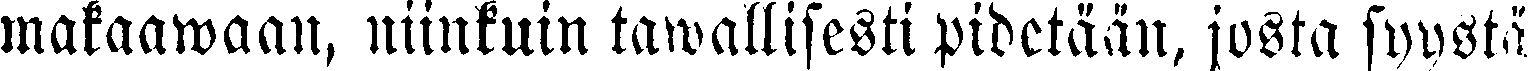
makaawaan, niinkuin tawallisesti pidetään, josta syystä